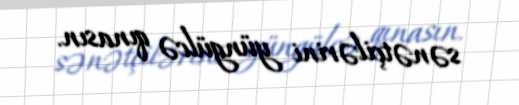
sənətçilərini yüngülcə qınasın.